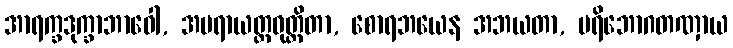
အာရက္ခဒုက္ခာဘာဝေါ, အပရာယတ္တဝုတ္တိတာ, စောရဘယေန အဘယတာ, ပရိဘောဂတဏှာယ